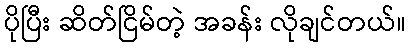
ပိုပြီး ဆိတ်ငြိမ်တဲ့ အခန်း လိုချင်တယ်။